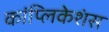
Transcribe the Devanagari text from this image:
कांप्लिकेशंस